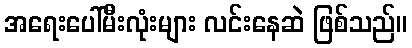
အရေးပေါ်မီးလုံးများ လင်းနေဆဲ ဖြစ်သည်။